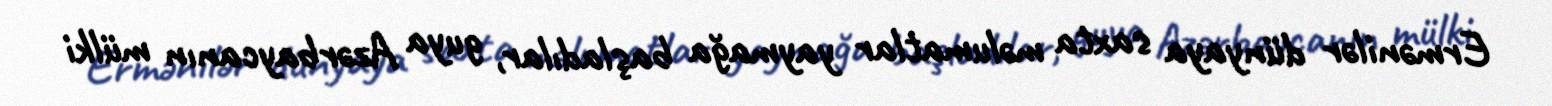
Ermənilər dünyaya saxta məlumatlar yaymağa başladılar, guya Azərbaycanın mülki